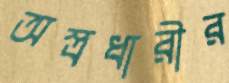
অস্ত্রধারীর